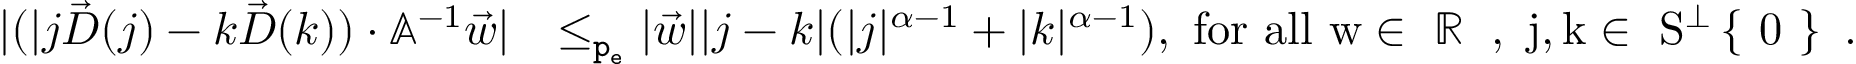
\begin{array} { r l } { | ( | j \vec { D } ( j ) - k \vec { D } ( k ) ) \cdot \mathbb { A } ^ { - 1 } \vec { w } | } & { \le _ { \mathtt { p _ { e } } } | \vec { w } | | j - k | ( | j | ^ { \alpha - 1 } + | k | ^ { \alpha - 1 } ) , \mathrm { ~ f o r ~ a l l ~ \vec { w } \in ~ \mathbb { R } ^ \nu ~ , ~ j , k \in ~ S ^ \perp \left\{ ~ 0 ~ \right\} ~ . } } \end{array}